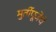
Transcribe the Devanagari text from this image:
मुर्तीपूजेचे